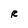
Character: R